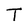
Character: T